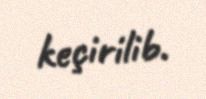
keçirilib.